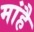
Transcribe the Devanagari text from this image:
मांहै